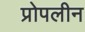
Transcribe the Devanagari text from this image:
प्रोपलीन